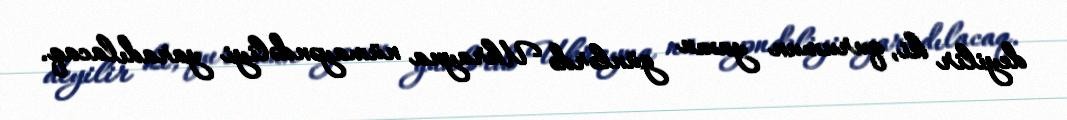
deyilir ki, qurumun yaxın günlərdə Ukrayna nümayəndəliyi yaradılacaq.